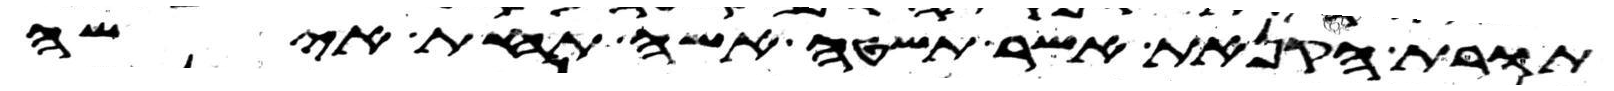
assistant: תורת הקנאת אשר תשטה אשה תחת אישה